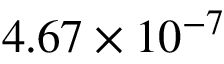
4 . 6 7 \times 1 0 ^ { - 7 }